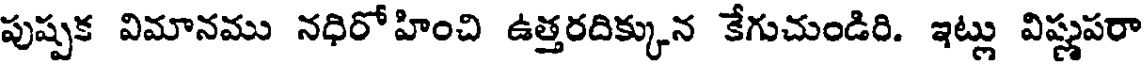
పుష్పక విమానము నధిరోహించి ఉత్తరదిక్కున కేగుచుండిరి. ఇట్లు విష్ణుపరా